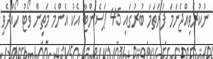
ނުކުރެވިއްޖެނަމަ ފުރަތަމަ ބުރުގައި 45 ޕަސެންޓާ އެކު އެންމެ މަތިން ވޯޓު ހޯއްދެވި